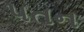
૫તન